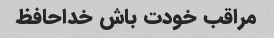
مراقب خودت باش خداحافظ